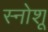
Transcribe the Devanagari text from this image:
स्नोशू